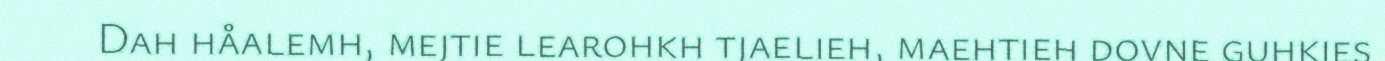
Dah håalemh, mejtie learohkh tjaelieh, maehtieh dovne guhkies